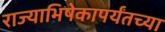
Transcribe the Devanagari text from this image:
राज्याभिषेकापर्यंतच्या